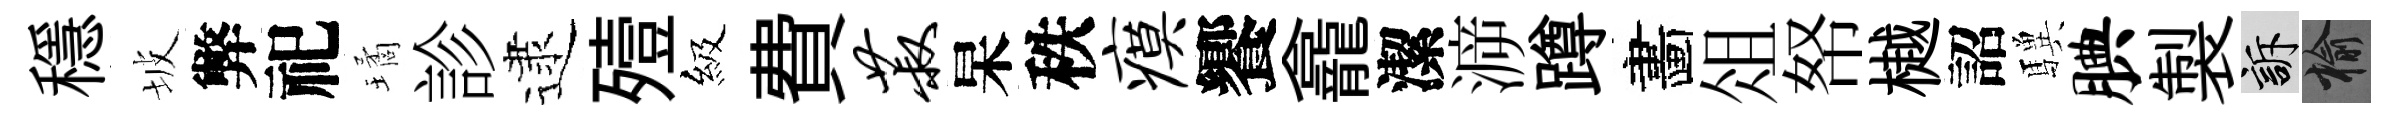
穩坡弊祀璚診逮殪級費菽杲秩瘼饗龕潔㴑蹲畵俎帑樾詔驥腆製訴榆